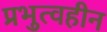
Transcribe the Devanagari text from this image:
प्रभुत्वहीन